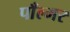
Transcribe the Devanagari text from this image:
पाँल्मर